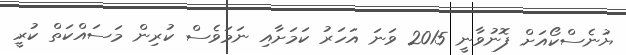
ޔުނެސްކޯއަށް ފޮނުވާނީ 2015 ވަނަ އަހަރު ކަމަށާއި ނަމަވެސް ކުރިން މަސައްކަތް ކުރީ